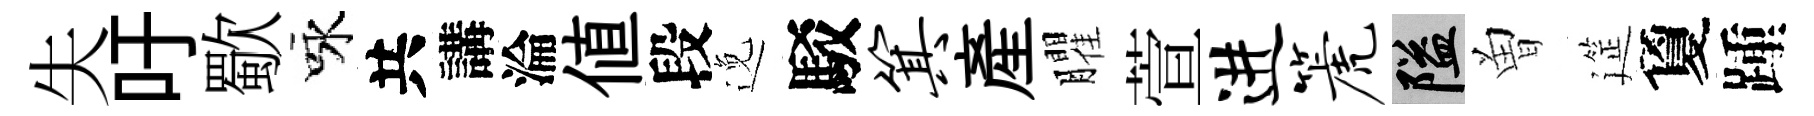
失吁歜咏共講淪値段𨓜駁箕産臞萱进篪隘曽筵夐踵